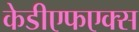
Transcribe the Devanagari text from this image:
केडीएफएक्स